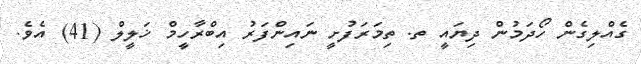
ގެއްލިގެން ހޯދަމުން ދިޔައީ ތ. ތިމަރަފުށީ ނައިންފަރު އިބްރާހީމް ޚަލީލް (41) އެވެ.